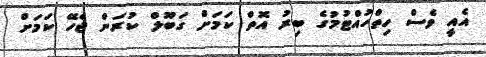
އެއީ ވެސް ހިތްހުއްޓުމުގެ ބިރު އޮތް ކަމަށް ގަބޫލް ކުރަން ޖެހޭ ކަމަށް